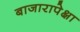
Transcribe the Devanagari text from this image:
बाजारापेक्षा